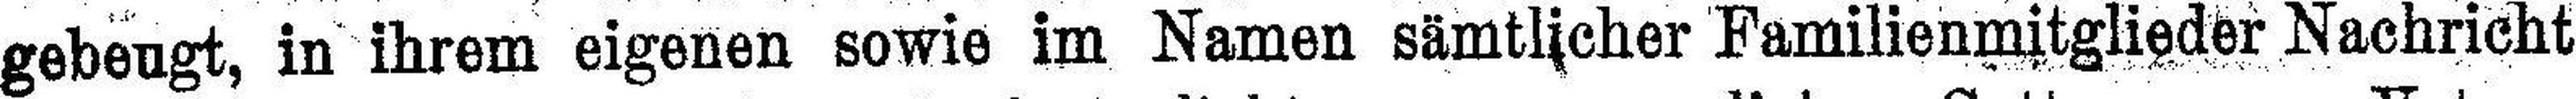
gebeugt, in ihrem eigenen sowie im Namen sämtlicher Familienmitglieder Nachricht